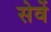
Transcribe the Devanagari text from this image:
सेवें